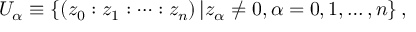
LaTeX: U _ { \alpha } \equiv \left\{ ( z _ { 0 } : z _ { 1 } : \dots : z _ { n } ) \left\vert z _ { \alpha } \neq 0 , \alpha = 0 , 1 , \dots , n \right\} , \right.